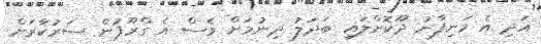
އަދި އެ މަނިފާނު ދޫކޮށްލައި ބަދަލު ދިނުމަށް ވެސް އެ ގްރޫޕުން ސަރުކާރަށް